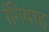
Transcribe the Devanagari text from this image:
रंगियाह